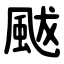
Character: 颰